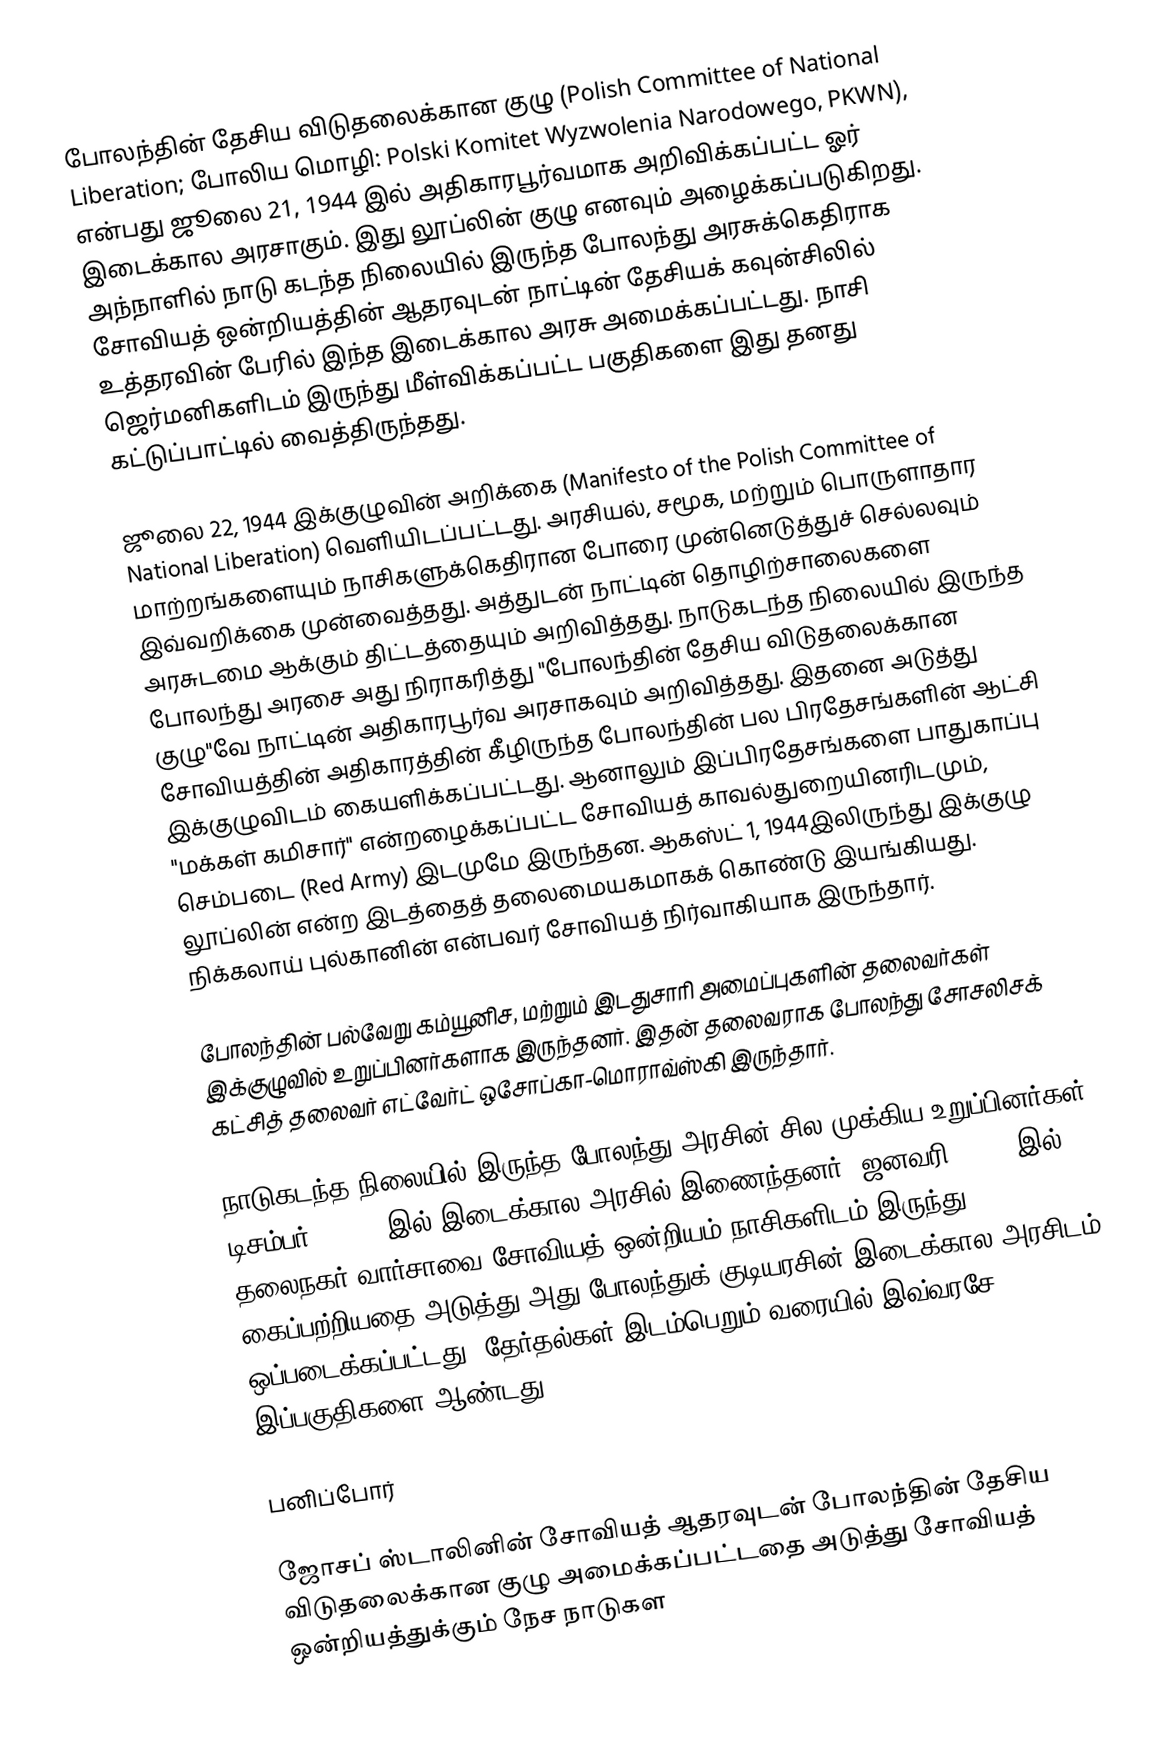
போலந்தின் தேசிய விடுதலைக்கான குழு (Polish Committee of National Liberation; போலிய மொழி: Polski Komitet Wyzwolenia Narodowego, PKWN), என்பது ஜூலை 21, 1944 இல் அதிகாரபூர்வமாக அறிவிக்கப்பட்ட ஓர் இடைக்கால அரசாகும். இது லூப்லின் குழு எனவும் அழைக்கப்படுகிறது. அந்நாளில் நாடு கடந்த நிலையில் இருந்த போலந்து அரசுக்கெதிராக சோவியத் ஒன்றியத்தின் ஆதரவுடன் நாட்டின் தேசியக் கவுன்சிலில் உத்தரவின் பேரில் இந்த இடைக்கால அரசு அமைக்கப்பட்டது. நாசி ஜெர்மனிகளிடம் இருந்து மீள்விக்கப்பட்ட பகுதிகளை இது தனது கட்டுப்பாட்டில் வைத்திருந்தது.

ஜூலை 22, 1944 இக்குழுவின் அறிக்கை (Manifesto of the Polish Committee of National Liberation) வெளியிடப்பட்டது. அரசியல், சமூக, மற்றும் பொருளாதார மாற்றங்களையும் நாசிகளுக்கெதிரான போரை முன்னெடுத்துச் செல்லவும் இவ்வறிக்கை முன்வைத்தது. அத்துடன் நாட்டின் தொழிற்சாலைகளை அரசுடமை ஆக்கும் திட்டத்தையும் அறிவித்தது. நாடுகடந்த நிலையில் இருந்த போலந்து அரசை அது நிராகரித்து "போலந்தின் தேசிய விடுதலைக்கான குழு"வே நாட்டின் அதிகாரபூர்வ அரசாகவும் அறிவித்தது. இதனை அடுத்து சோவியத்தின் அதிகாரத்தின் கீழிருந்த போலந்தின் பல பிரதேசங்களின் ஆட்சி இக்குழுவிடம் கையளிக்கப்பட்டது. ஆனாலும் இப்பிரதேசங்களை பாதுகாப்பு "மக்கள் கமிசார்" என்றழைக்கப்பட்ட சோவியத் காவல்துறையினரிடமும், செம்படை (Red Army) இடமுமே இருந்தன. ஆகஸ்ட் 1, 1944இலிருந்து இக்குழு லூப்லின் என்ற இடத்தைத் தலைமையகமாகக் கொண்டு இயங்கியது. நிக்கலாய் புல்கானின் என்பவர் சோவியத் நிர்வாகியாக இருந்தார்.

போலந்தின் பல்வேறு கம்யூனிச, மற்றும் இடதுசாரி அமைப்புகளின் தலைவர்கள் இக்குழுவில் உறுப்பினர்களாக இருந்தனர். இதன் தலைவராக போலந்து சோசலிசக் கட்சித் தலைவர் எட்வேர்ட் ஒசோப்கா-மொராவ்ஸ்கி இருந்தார்.

நாடுகடந்த நிலையில் இருந்த போலந்து அரசின் சில முக்கிய உறுப்பினர்கள் டிசம்பர் 31 1944இல் இடைக்கால அரசில் இணைந்தனர். ஜனவரி, 2945 இல் தலைநகர் வார்சாவை சோவியத் ஒன்றியம் நாசிகளிடம் இருந்து கைப்பற்றியதை அடுத்து அது போலந்துக் குடியரசின் இடைக்கால அரசிடம் ஒப்படைக்கப்பட்டது. தேர்தல்கள் இடம்பெறும் வரையில் இவ்வரசே இப்பகுதிகளை ஆண்டது.

பனிப்போர்

ஜோசப் ஸ்டாலினின் சோவியத் ஆதரவுடன் போலந்தின் தேசிய விடுதலைக்கான குழு அமைக்கப்பட்டதை அடுத்து சோவியத் ஒன்றியத்துக்கும் நேச நாடுகள